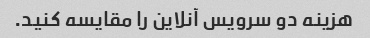
هزینه دو سرویس آنلاین را مقایسه کنید.